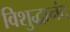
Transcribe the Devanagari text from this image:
विशुद्धानंद